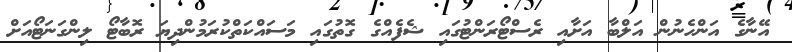
އޭނާގެ އަންހެނުން އަލްބާ އަށާއި ރެސްޓޯރަންޓުގައި ޝެފެއްގެ ގޮތުގައި މަސައްކަތްކުރަމުންދިޔަ ރޮބާޓޯ ލިންގަނަޓޯއަށް